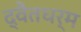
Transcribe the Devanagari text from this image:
द्वैतधर्म